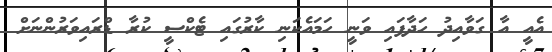
އެއީ އާ ގަވާއިދު ހަދާފައި ވަނީ ހަމައެކަނި ކާރުގައި ޓެކްސީ ކުރާ ޑްރައިވަރުންނަށް